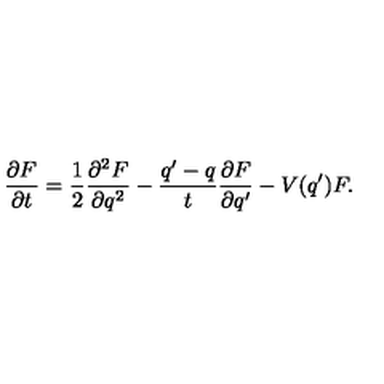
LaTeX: \frac { \partial F } { \partial t } = \frac { 1 } { 2 } \frac { \partial ^ { 2 } F } { \partial q ^ { 2 } } - \frac { q ^ { \prime } - q } { t } \frac { \partial F } { \partial q ^ { \prime } } - V ( q ^ { \prime } ) F .